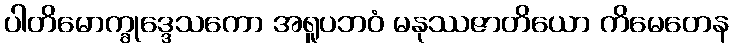
ပါတိမောက္ခုဒ္ဒေသကော အရူပဘဝံ မနုဿဇာတိယော ကိမေတေန